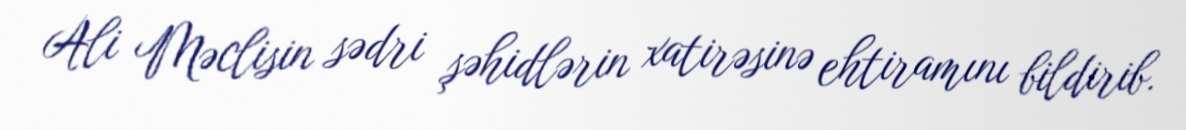
Ali Məclisin sədri şəhidlərin xatirəsinə ehtiramını bildirib.